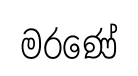
මරණේ